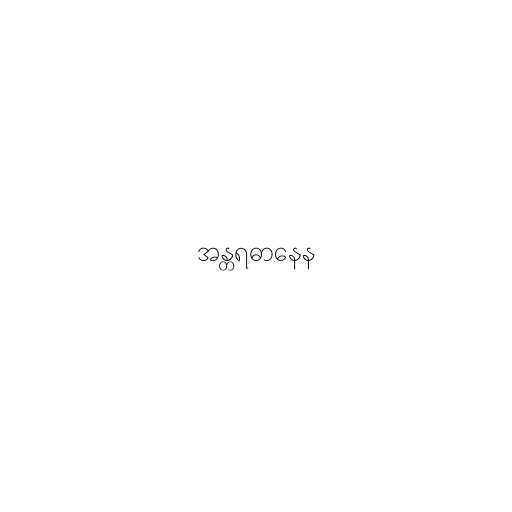
အန္တရဓာနေန